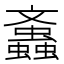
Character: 䘇